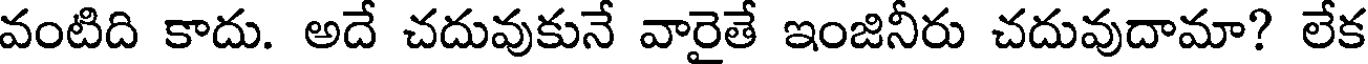
వంటిది కాదు. అదే చదువుకునే వారైతే ఇంజినీరు చదువుదామా? లేక